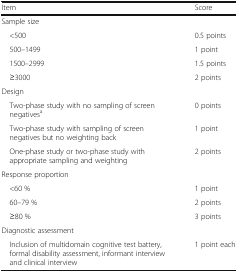
<table><thead><tr><td><b>Item</b></td><td><b>Score</b></td></tr></thead><tbody><tr><td colspan="2">Sample size</td></tr><tr><td> &lt;500</td><td>0.5 points</td></tr><tr><td> 500–1499</td><td>1 point</td></tr><tr><td> 1500–2999</td><td>1.5 points</td></tr><tr><td> ≥3000</td><td>2 points</td></tr><tr><td colspan="2">Design</td></tr><tr><td> Two-phase study with no sampling of screen negatives<sup>a</sup></td><td>0 points</td></tr><tr><td> Two-phase study with sampling of screen negatives but no weighting back</td><td>1 point</td></tr><tr><td> One-phase study or two-phase study with appropriate sampling and weighting</td><td>2 points</td></tr><tr><td colspan="2">Response proportion</td></tr><tr><td> &lt;60 %</td><td>1 point</td></tr><tr><td> 60–79 %</td><td>2 points</td></tr><tr><td> ≥80 %</td><td>3 points</td></tr><tr><td colspan="2">Diagnostic assessment</td></tr><tr><td> Inclusion of multidomain cognitive test battery, formal disability assessment, informant interview and clinical interview</td><td>1 point each</td></tr></tbody></table>